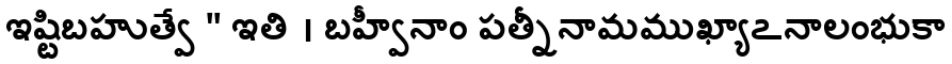
ఇష్టిబహుత్వే " ఇతి । బహ్వీనాం పత్నీనామముఖ్యాఽనాలంభుకా